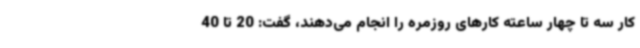
کار سه تا چهار ساعته کارهای روزمره را انجام می‌دهند، گفت: 20 تا 40